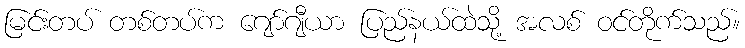
မြင်းတပ် တစ်တပ်က ဂျော်ဂျီယာ ပြည်နယ်ထဲသို့ အလစ် ဝင်တိုက်သည်။